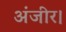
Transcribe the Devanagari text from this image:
अंजीर।